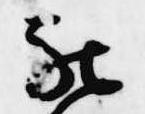
被